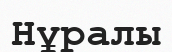
Нұралы